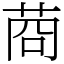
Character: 𦯶